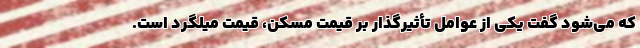
که می‌شود گفت یکی از عوامل تأثیرگذار بر قیمتِ مسکن، قیمت میلگرد است.